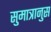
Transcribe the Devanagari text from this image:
सुमात्रानुस